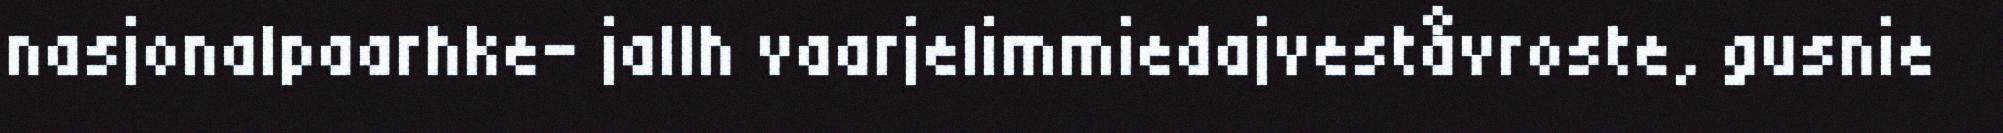
nasjonalpaarhke- jallh vaarjelimmiedajveståvroste, gusnie